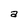
Character: a